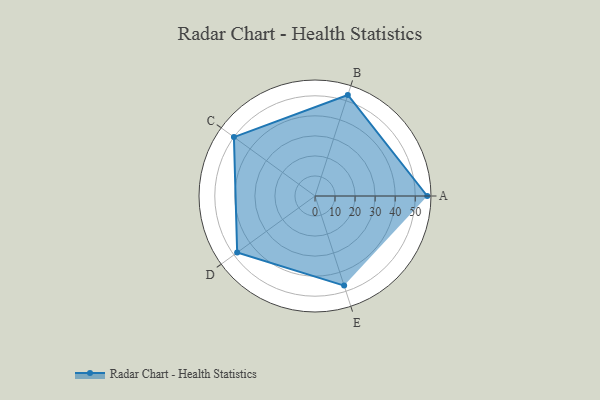
{"axis": {"x": "Skill", "y": "Score"}, "legend": ["Profile"], "data": [{"x": "A", "y": 56.0, "type": "Profile"}, {"x": "B", "y": 53.0, "type": "Profile"}, {"x": "C", "y": 50.0, "type": "Profile"}, {"x": "D", "y": 48.0, "type": "Profile"}, {"x": "E", "y": 47.0, "type": "Profile"}]}